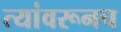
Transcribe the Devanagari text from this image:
त्यांवरूनच